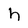
Character: h